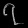
Digit: ၇